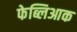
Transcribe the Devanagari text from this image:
फेब्लिआक